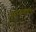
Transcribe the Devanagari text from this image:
विमानांसाठीचा